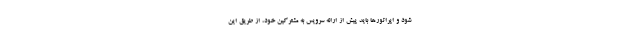
شود و اپراتورها باید پیش از ارائه سرویس به مشترکین خود، از طریق این